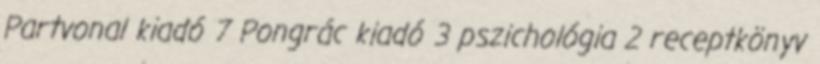
Partvonal kiadó 7 Pongrác kiadó 3 pszichológia 2 receptkönyv